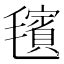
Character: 𪵢